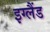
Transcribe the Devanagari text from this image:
इग्‍लैंड